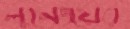
লুনেংয়ের